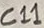
Text: C11